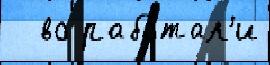
  во рабо́тал'и